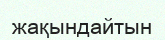
жақындайтын